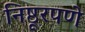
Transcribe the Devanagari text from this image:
निष्ठूरपणे